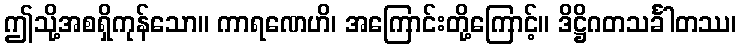
ဤသို့အစရှိကုန်သော။ ကာရဏေဟိ၊ အကြောင်းတို့ကြောင့်။ ဒိဋ္ဌိဂတသင်္ခါတဿ၊